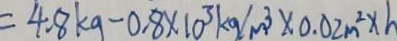
= 4 . 8 k g - 0 . 8 \times 1 0 ^ { 3 } k g / m ^ { 3 } \times 0 . 0 2 m ^ { 2 } \times h